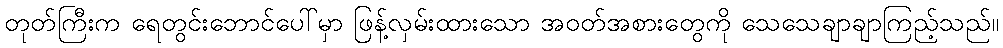
တုတ်ကြီးက ရေတွင်းဘောင်ပေါ်မှာ ဖြန့်လှမ်းထားသော အဝတ်အစားတွေကို သေသေချာချာကြည့်သည်။